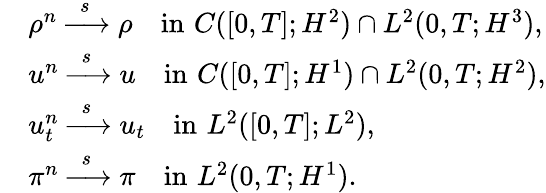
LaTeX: \begin{array}{rl}&{\rho^{n}\xrightarrow{\, \, s\, \, }\rho\quad\mathrm{in}\, \, C([0,T];H^{2})\cap L^{2}(0,T;H^{3}),}\\ &{u^{n}\xrightarrow{\, \, s\, \, }u\quad\mathrm{in}\, \, C([0,T];H^{1})\cap L^{2}(0,T;H^{2}),}\\ &{u_{t}^{n}\xrightarrow{\, \, s\, \, }u_{t}\quad\mathrm{in}\, \, L^{2}([0,T];L^{2}),}\\ &{\pi^{n}\xrightarrow{\, \, s\, \, }\pi\quad\mathrm{in}\, \, L^{2}(0,T;H^{1}).}\end{array}